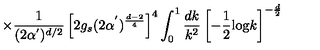
\times \frac { 1 } { ( 2 \alpha ^ { ' } ) ^ { d / 2 } } \left[ 2 g _ { s } ( 2 \alpha ^ { ' } ) ^ { \frac { d - 2 } { 4 } } \right] ^ { 4 } \int _ { 0 } ^ { 1 } \frac { d k } { k ^ { 2 } } \left[ - \frac { 1 } { 2 } \mathrm { l o g } k \right] ^ { - \frac { d } { 2 } }